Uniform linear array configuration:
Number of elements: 4
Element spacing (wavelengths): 0.5
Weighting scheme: binomial
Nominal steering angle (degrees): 0
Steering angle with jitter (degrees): -0.3828
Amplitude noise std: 0.05
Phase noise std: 0.05

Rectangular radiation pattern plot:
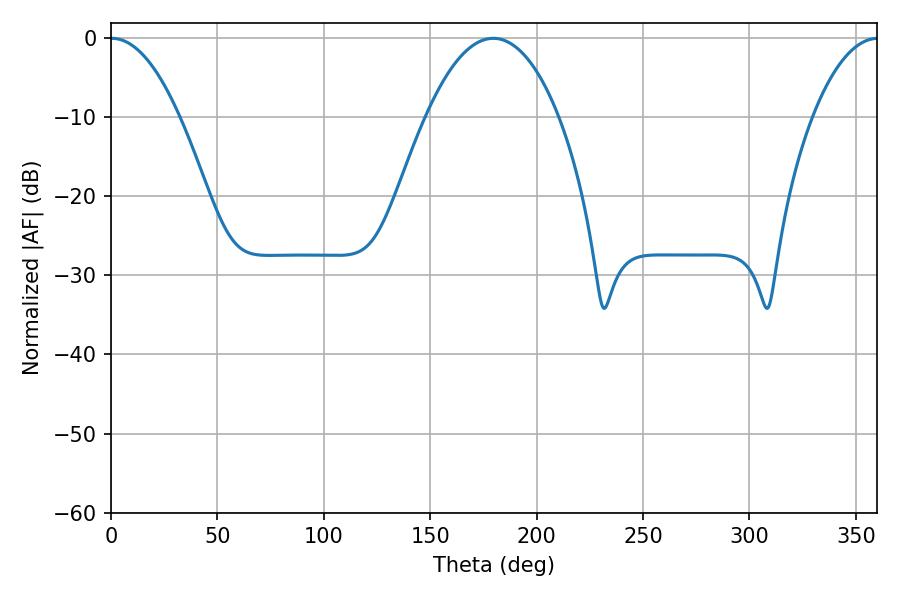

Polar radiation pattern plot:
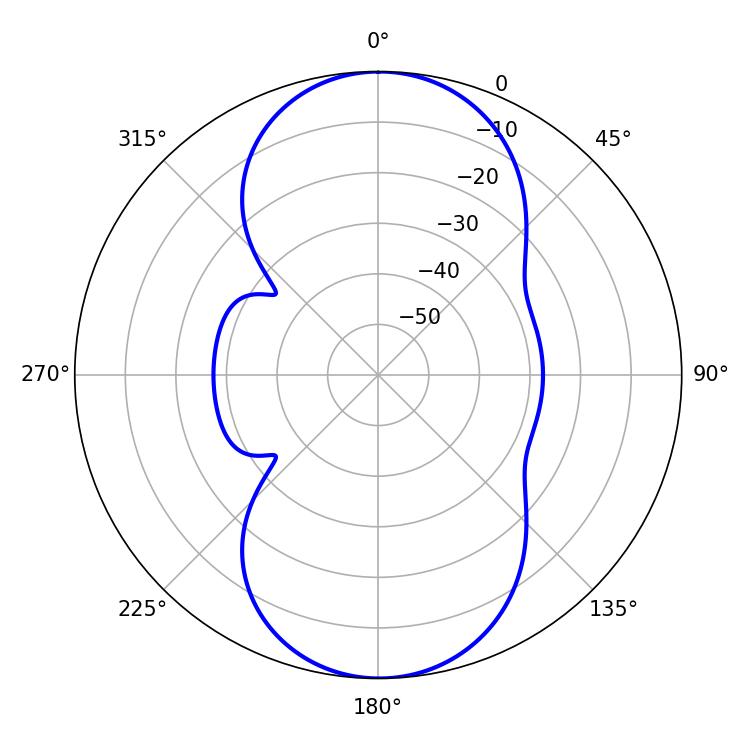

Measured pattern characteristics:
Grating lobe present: FALSE
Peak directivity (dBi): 20.406
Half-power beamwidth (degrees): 17.82
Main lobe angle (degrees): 0.36